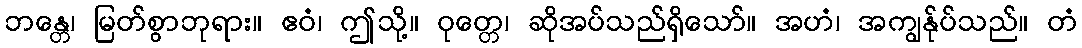
ဘန္တေ၊ မြတ်စွာဘုရား။ ဧဝံ၊ ဤသို့။ ဝုတ္တေ၊ ဆိုအပ်သည်ရှိသော်။ အဟံ၊ အကျွန်ုပ်သည်။ တံ